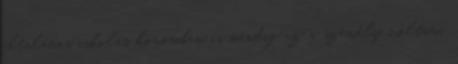
általános iskolás koromban is mindig az a személy voltam,